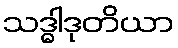
သဒ္ဓါဒုတိယာ